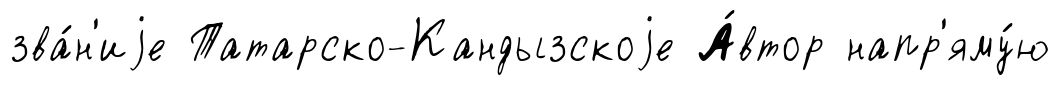
зва́н'иjе Татарско-Кандызскоjе А́втор напр'яму́ю